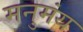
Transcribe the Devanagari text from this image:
मनुमंय